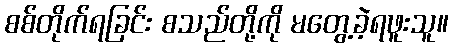
စစ်တိုက်ရခြင်း စသည်တို့ကို မတွေ့ခဲ့ရဖူးသူ။